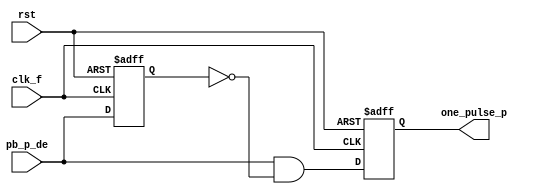
`timescale 1ns / 1ps
//////////////////////////////////////////////////////////////////////////////////
// Company: 
// Engineer: 
// 
// Design Name: 
// Module Name: One_pulse
// Project Name: 
// Target Devices: 
// Tool Versions: 
// Description: 
// 
// Dependencies: 
// 
// Revision:
// Revision 0.01 - File Created
// Additional Comments:
// 
//////////////////////////////////////////////////////////////////////////////////


module one_pulse_p(
     clk_f,
     pb_p_de,
  //   pb_f_de,
     one_pulse_p,
 //    one_pulse_f,
     rst
    );
    input clk_f;
    input pb_p_de;
  //  input pb_f_de;
    input rst;
    output reg one_pulse_p;
  //  output reg one_pulse_f;
    reg pb_p_de_delay;
  //  reg pb_f_de_delay;
    

    
    always@( posedge clk_f or posedge rst )
        if(rst)
        begin
            pb_p_de_delay <= 1'b0;
   //         pb_f_de_delay <= 1'b0;
        end
        else
        begin
            pb_p_de_delay <= pb_p_de;
    //        pb_f_de_delay <= pb_f_de;
        end
    
    assign one_pulse_p_next = pb_p_de & (~pb_p_de_delay);
  //  assign one_pulse_f_next = pb_f_de & (~pb_f_de_delay);
    
    always@( posedge clk_f or posedge rst )
        if(rst)
        begin
            one_pulse_p <= 1'b0;
     //       one_pulse_f <= 1'b0;
        end
        else
        begin 
            one_pulse_p <= one_pulse_p_next;
    //        one_pulse_f <= one_pulse_f_next;
        end
    
endmodule